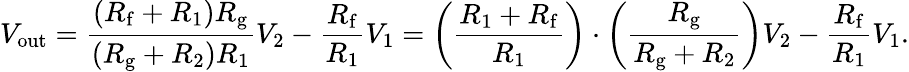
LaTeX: V_{\mathrm{out}}={\frac{\left(R_{\mathrm{f}}+R_{1}\right)R_{\mathrm{g}}}{\left(R_{\mathrm{g}}+R_{2}\right)R_{1}}}V_{2}-{\frac{R_{\mathrm{f}}}{R_{1}}}V_{1}=\left({\frac{R_{1}+R_{\mathrm{f}}}{R_{1}}}\right)\cdot\left({\frac{R_{\mathrm{g}}}{R_{\mathrm{g}}+R_{2}}}\right)V_{2}-{\frac{R_{\mathrm{f}}}{R_{1}}}V_{1}.